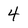
Character: 4